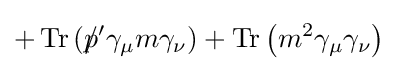
+\operatorname {Tr} \left(p\!\!\!/'\gamma _{\mu }m\gamma _{\nu }\right)+\operatorname {Tr} \left(m^{2}\gamma _{\mu }\gamma _{\nu }\right)